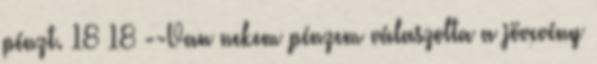
pénzt. 18 18 --Van nekem pénzem válaszolta a jövevény